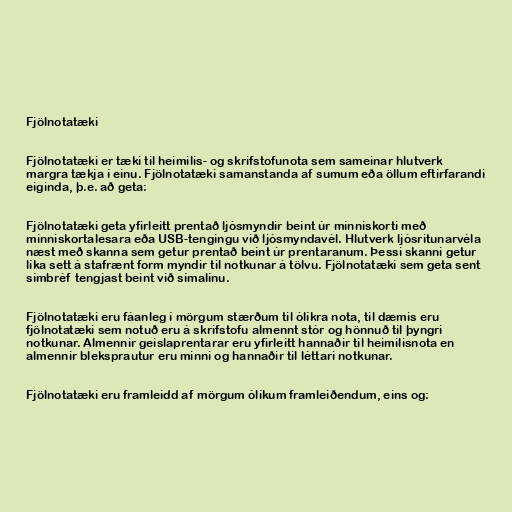
Fjölnotatæki

Fjölnotatæki er tæki til heimilis- og skrifstofunota sem sameinar hlutverk
margra tækja í einu. Fjölnotatæki samanstanda af sumum eða öllum eftirfarandi
eiginda, þ.e. að geta:

Fjölnotatæki geta yfirleitt prentað ljósmyndir beint úr minniskorti með
minniskortalesara eða USB-tengingu við ljósmyndavél. Hlutverk ljósritunarvéla
næst með skanna sem getur prentað beint úr prentaranum. Þessi skanni getur
líka sett á stafrænt form myndir til notkunar á tölvu. Fjölnotatæki sem geta sent
símbréf tengjast beint við símalínu.

Fjölnotatæki eru fáanleg í mörgum stærðum til ólíkra nota, til dæmis eru
fjölnotatæki sem notuð eru á skrifstofu almennt stór og hönnuð til þyngri
notkunar. Almennir geislaprentarar eru yfirleitt hannaðir til heimilisnota en
almennir bleksprautur eru minni og hannaðir til léttari notkunar.

Fjölnotatæki eru framleidd af mörgum ólíkum framleiðendum, eins og: